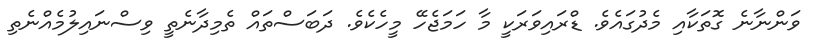
ވަންނާނެ ގޮތަކާއި މެދުގައެވެ. ޑްރައިވަރަކީ މާ ހަމަޖެހޭ މީހެކެވެ. ދަބަސްތައް ތެމިދާނެތީ ވިސްނައިލުމެއްނެތި